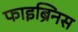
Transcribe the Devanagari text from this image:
फाइब्रिनस